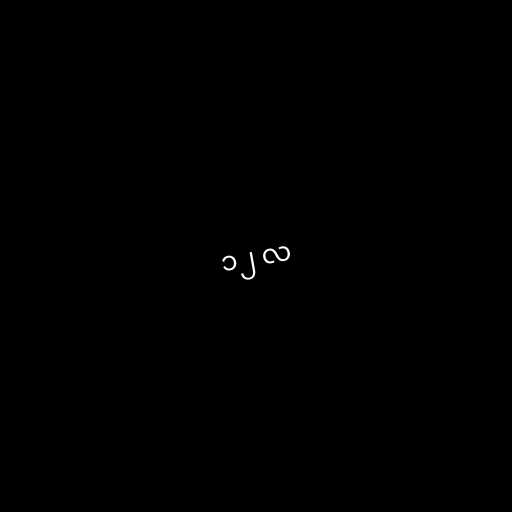
၁၂ လ